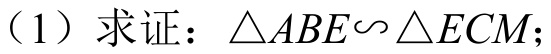
（1）求证：$\triangle ABE\backsim\triangle ECM$；